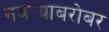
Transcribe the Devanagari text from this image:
नवर्‍याबरोबर